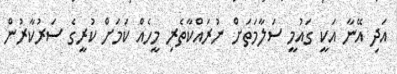
އަދި އޭނާ އަކީ ގައުމީ ސަލާމަތަށް ނުރައްކާތެރި މީހެއް ކަމަށް ކުރީގެ ސަރުކާރުން